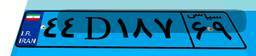
۰۷D۶۵۴۸۲